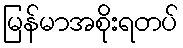
မြန်မာအစိုးရတပ်